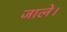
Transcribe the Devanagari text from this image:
जाले।